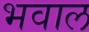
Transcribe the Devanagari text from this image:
भवाल